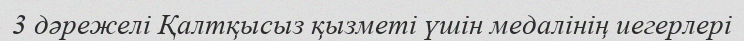
3 дәрежелі Қалтқысыз қызметі үшін медалінің иегерлері